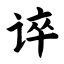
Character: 谇